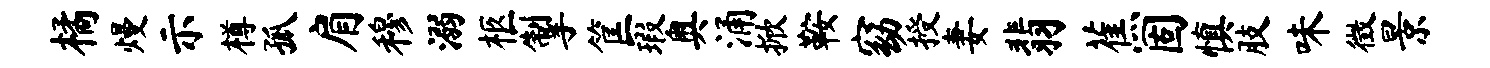
橘熳示樽孤肩穆溺柩掣筐瑕奥涌掀鞍窈授妻翡蕉固慎肢味徵景